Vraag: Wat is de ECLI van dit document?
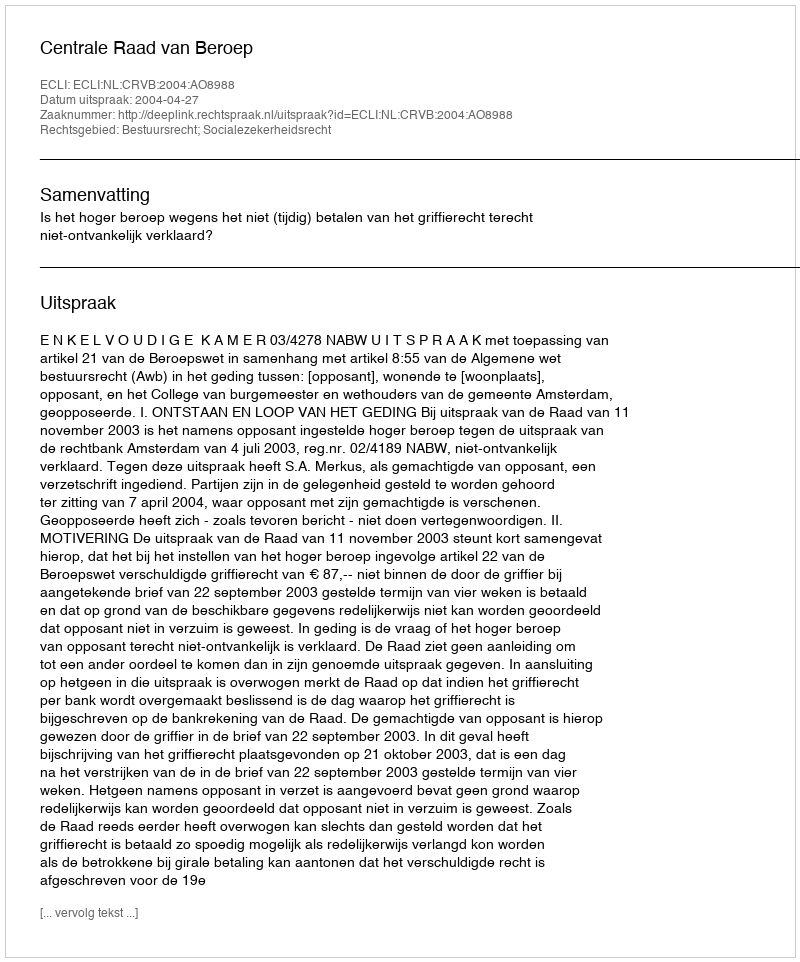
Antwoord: ECLI:NL:CRVB:2004:AO8988